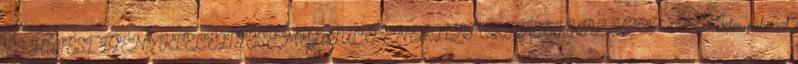
ÉS HŰTÉSI IGÉNY KIELÉGÍTÉSE MEGÚJULÓ ENERGIAFORRÁSOKKAL KEOP-4.1.0-B Jelen pályázat